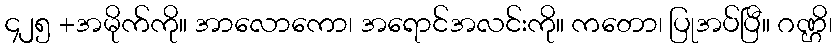
၄၂၅ +အမိုက်ကို။ အာလောကော၊ အရောင်အလင်းကို။ ကတော၊ ပြုအပ်ပြီ။ ဂဏ္ဌိ၊